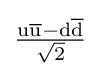
{\rm {\tfrac {u{\overline {u}}-d{\overline {d}}}{\sqrt {2}}}}